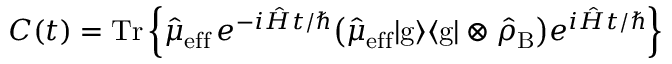
\begin{array} { r } { C ( t ) = \mathrm { T r } \left\lbrace \hat { \mu } _ { \mathrm { e f f } } \, { e } ^ { - i \hat { H } t / \hbar } \big ( \hat { \mu } _ { \mathrm { e f f } } { | } \mathrm { g } \rangle \langle { \mathrm { g } } | \otimes \hat { \rho } _ { \mathrm { B } } \big ) e ^ { i \hat { H } t / \hbar } \right\rbrace } \end{array}